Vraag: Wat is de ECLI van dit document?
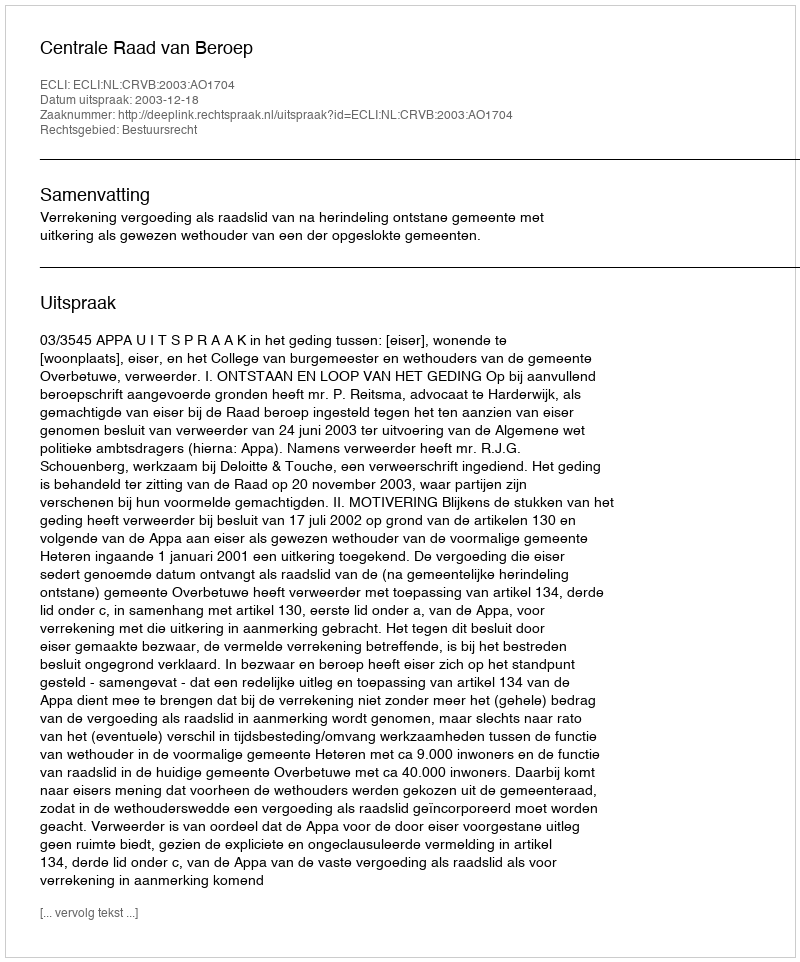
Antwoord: ECLI:NL:CRVB:2003:AO1704